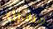
مناديل